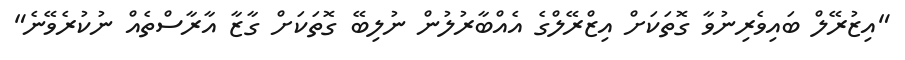
"އިޒުރޭލް ބައިވެރިނުވާ ގޮތަކަށް އިޒްރޭލްގެ އެއްބާރުލުން ނުލިބޭ ގޮތަކަށް ގާޒާ އާރާސްތެއް ނުކުރެވޭނެ"